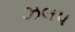
ઝલપ